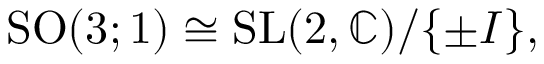
{ \mathrm { S O } } ( 3 ; 1 ) \cong { \mathrm { S L } } ( 2 , \mathbb { C } ) / \{ \pm I \} ,